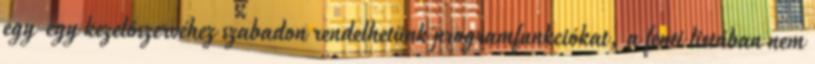
egy-egy kezelôszervéhez szabadon rendelhetünk programfunkciókat, a fenti listában nem